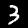
Digit: 3